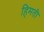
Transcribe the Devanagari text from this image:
हिमती